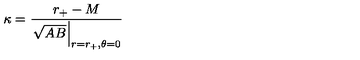
\kappa = { \frac { r _ { + } - M } { \left. \sqrt { A B } \right| _ { r = r _ { + } , \theta = 0 } } }